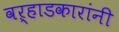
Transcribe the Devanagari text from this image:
वऱ्हाडकारांनी